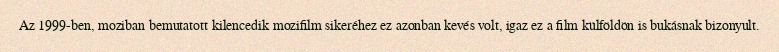
Az 1999-ben, moziban bemutatott kilencedik mozifilm sikeréhez ez azonban kevés volt, igaz ez a film külföldön is bukásnak bizonyult.